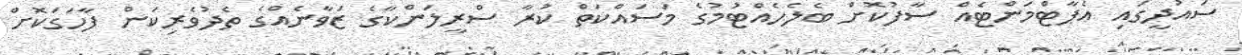
ސައުދީގައި އެޕާޓްމަންޓެއް ސާފުކޮށް ބެލެހެއްޓުމުގެ މަސައްކަތް ކުރާ ސްރީލަންކާގެ ޒަވާނެއްގެ ތެދުވެރިކަން ފާހަގަކޮށް